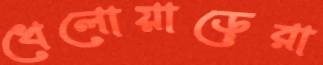
খেলোয়াড়েরা